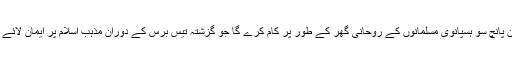
یہ ان پانچ سو ہسپانوی مسلمانوں کے روحانی گھر کے طور پر کام کرے گا جو گزشتہ تیس برس کے دوران مذہب اسلام پر ایمان لائے ہیں۔